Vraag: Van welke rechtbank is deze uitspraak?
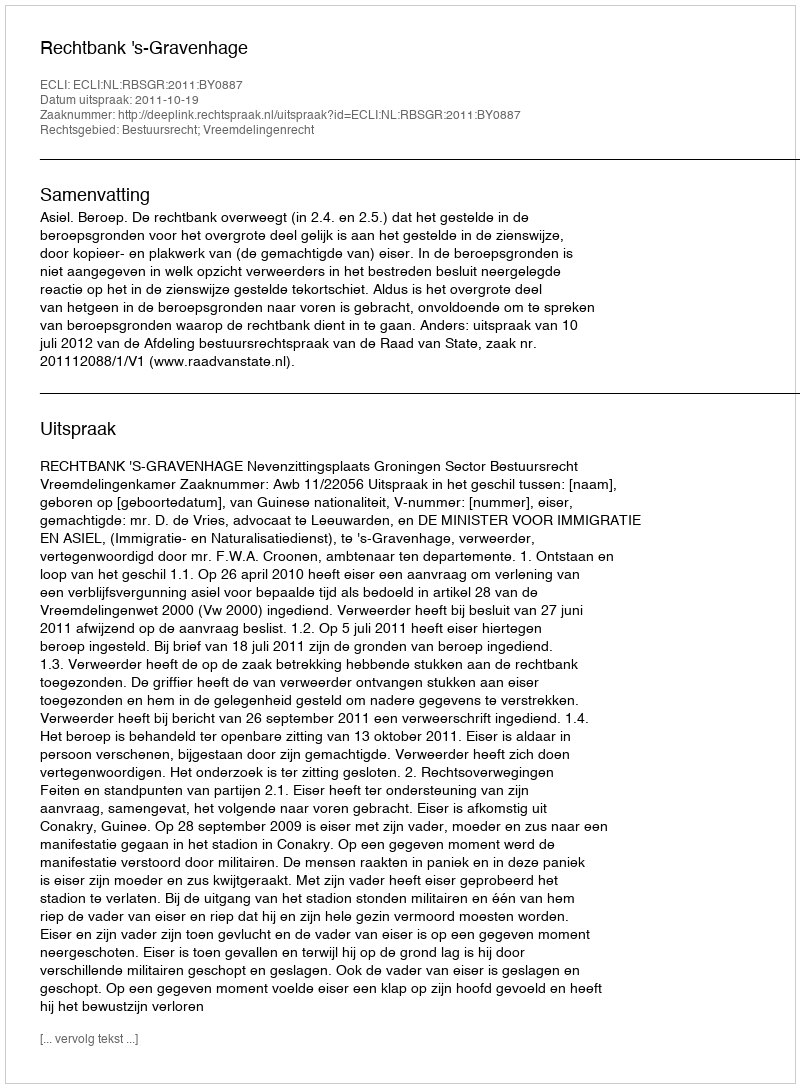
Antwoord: Rechtbank 's-Gravenhage